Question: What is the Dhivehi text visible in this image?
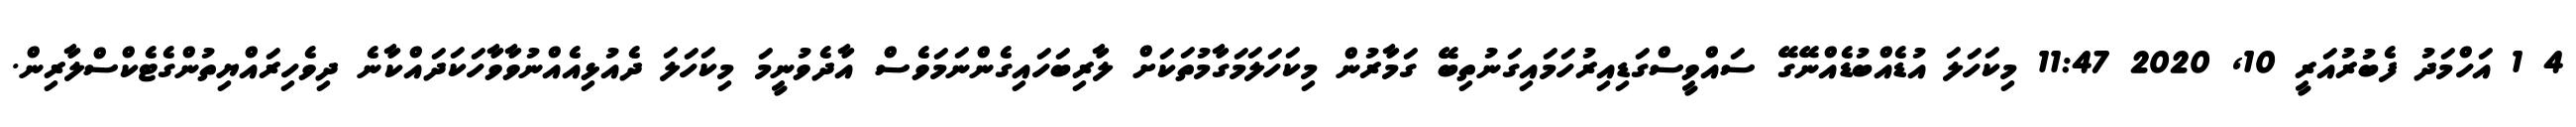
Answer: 4 1 އަހްމަދު ފެބުރުއަރީ 10, 2020 11:47 މިކަހަލަ އުޑެއްބުޑެއްނޭގޭ ސައްވީސްގަޑިއިރުހަމައިގަނުތިބޭ ގަމާރުން މިކަހަލަމަގާމުތަކަށް ލާރިބަހައިގެންނަމަވެސް އާދެވުނީމަ މިކަހަލަ ދެއުޅިއެއްނުވާވާހަކަދައްކާނެ ދިވެހިރައްޔިތުންގެޓެކްސްލާރިން.